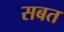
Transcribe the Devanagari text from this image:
सबत